Annual report of the Punjab Veterinary College and of the Civil Veterinary Department, Punjab - 1926-1932
Year: 1926
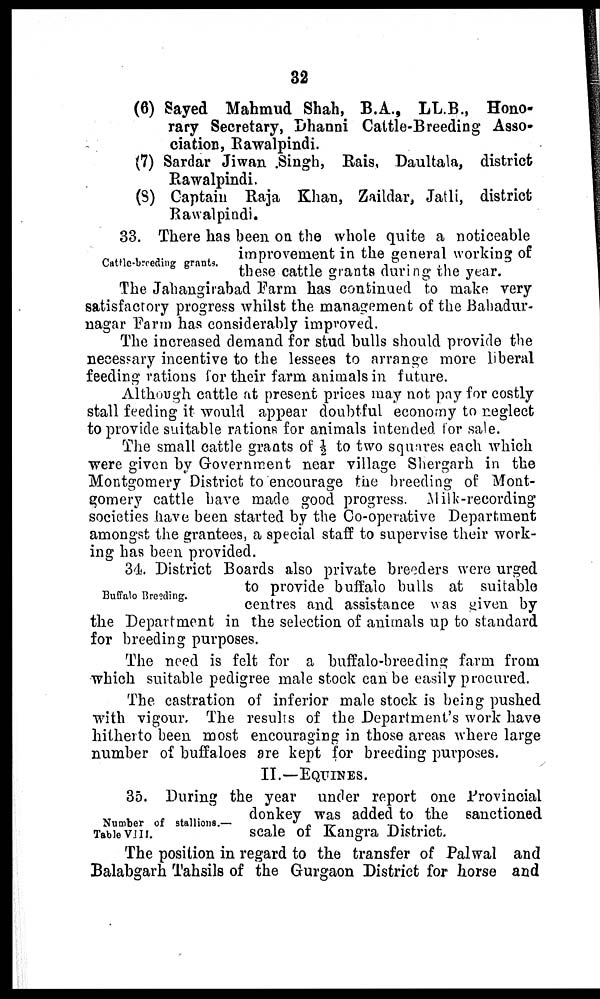
32
(6) Sayed Mahmud Shah, B.A., LL.B., Hono-
rary Secretary, Dhanni Cattle-Breeding Asso-
ciation, Rawalpindi.
(7) Sardar Jiwan .Singh, Rais, Daultala, district
Rawalpindi,
(8) Captain Raja Khan, Zaildar, Jatli, district
Rawalpindi.
Cattle-breeding grants.
33. There has been on the whole quite a noticeable
improvement in the general working of
these cattle grants during the year.
The Jahangirabad Farm has continued to make very
satisfactory progress whilst the management of the Bahadur-
nagar Farm has considerably improved.
The increased demand for stud bulls should provide the
necessary incentive to the lessees to arrange more liberal
feeding rations for their farm animals in future.
Although cattle at present prices may not pay for costly
stall feeding it would appear doubtful economy to neglect
to provide suitable rations for animals intended for sale.
The small cattle grants of ½ to two squares each which
were given by Government near village Shergarh in the
Montgomery District to encourage the breeding of Mont-
gomery cattle have made good progress. Milk-recording
societies have been started by the Co-operative Department
amongst the grantees, a special staff to supervise their work-
ing has been provided.
Buffalo Breeding.
34. District Boards also private breeders were urged
to provide buffalo bulls at suitable
centres and assistance was given by
the Department in the selection of animals up to standard
for breeding purposes.
The need is felt for a buffalo-breeding farm from
which suitable pedigree male stock can be easily procured.
The castration of inferior male stock is being pushed
with vigour. The results of the Department's work have
hitherto been most encouraging in those areas where large
number of buffaloes are kept for breeding purposes.
II.—EQUINES.
Number of stallions.—
Table VIII.
35. During the year under report one Provincial
donkey was added to the sanctioned
scale of Kangra District.
The position in regard to the transfer of Palwal and
Balabgarh Tahsils of the Gurgaon District for horse and